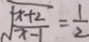
\sqrt { \frac { x + 2 } { x - 1 } } = \frac { 1 } { 2 }